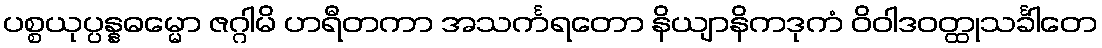
ပစ္စယုပ္ပန္နဓမ္မော ဇဂ္ဂါမိ ဟရီတကာ အသင်္ကရတော နိယျာနိကဒုကံ ဝိဝါဒဝတ္ထုသင်္ခါတေ